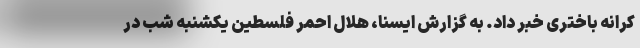
کرانه باختری خبر داد. به گزارش ایسنا، هلال احمر فلسطین یکشنبه شب در